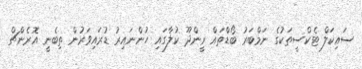
ސައިކަލް ޓެކްސީތަކުގެ ނަމްބަރު ބޯޑްތައް ރީންދޫ ކުލާގައި ހުންނައިރު ޑުރައިވަރުން ތިބެނީ އޮރެންޗް